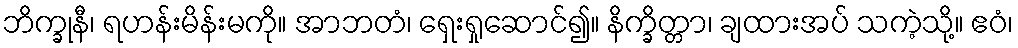
ဘိက္ခုနီ၊ ရဟန်းမိန်းမကို။ အာဘတံ၊ ရှေးရှုဆောင်၍။ နိက္ခိတ္တာ၊ ချထားအပ် သကဲ့သို့။ ဧဝံ၊